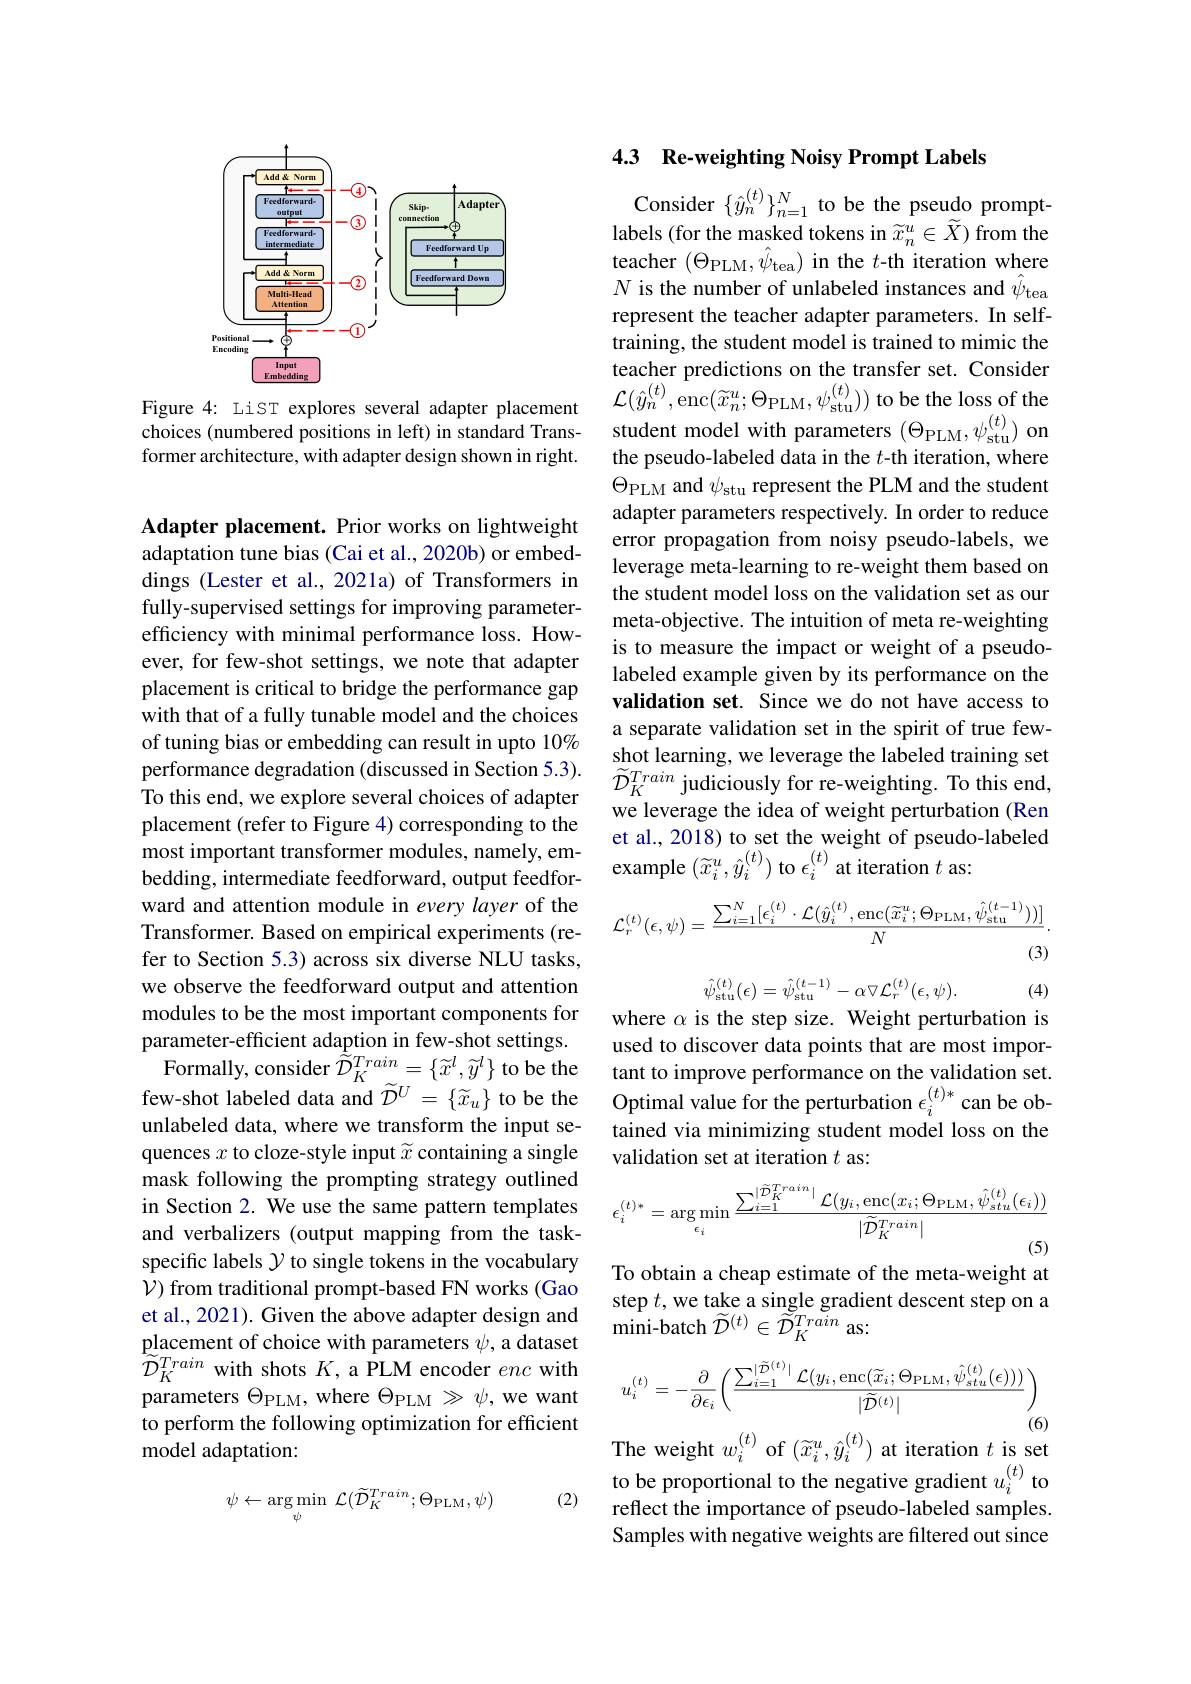
<FigureHere>

Figure 4: LiST explores several adapter placement$\mathcal{L} ( \hat{y} _{n}^{( t) }$,enc$( \widetilde{x} _{n}^{u}; \Theta _{\mathrm{PLM}}, \psi _{\mathrm{stu}}^{( t) }) )$ to be the loss of the $\text{choices (numbered positions in left))in standard Trans- student model with parameters (}_{\mathrm{PLM}},\psi_{\mathrm{stu}}$
former architecture, with adapter design shown in right.

Adapter placement. Prior works on lightweight adaptation tune bias (Cai et al., 2020b) or embeddings (Lester et al.,2021a) of Transformers in fully-supervised settings for improving parameterefficiency with minimal performance loss. However, for few-shot settings, we note that adapter placement is critical to bridge the performance gap with that of a fully tunable model and the choices of tuning bias or embedding can result in upto 10% performance degradation (discussed in Section 5.3). To this end, we explore several choices of adapter placement (refer to Figure 4) corresponding to the most important transformer modules, namely, emward and attention module in every layer of the Transformer. Based on empirical experiments (refer to Section 5.3) across six diverse NLU tasks, we observe the feedforward output and attention modules to be the most important components for parameter-efficient adaption in few-shot settings. Formally, consider $\tilde{\widetilde{D}}_K^{Train}=\{\widetilde{x}^l,\widetilde{y}^l\}$ to be the
few-shot labeled data and $\widetilde{\mathcal{D}}^U=\{\widetilde{x}_u\}$ to be the Optimal value for the perturbation $\epsilon_i^{(t)*}$can be ob-
unlabeled data, where we transform the input sequences $x$ to cloze-style input $\widetilde x$ containing a single mask following the prompting strategy outlined in Section 2. We use the same pattern templates and verbalizers (output mapping from the taskspecific labels $\mathcal{Y}$ to single tokens in the vocabulary $\mathcal{V})$ from traditional prompt-based FN works (Gao et al., 2021). Given the above adapter design and placement of choice with parameters $\psi$, a dataset $\tilde{\mathcal{D}}_{K}^{Train}$ with shots $K$, a PLM encoder enc with parameters $\Theta_\mathrm{PLM}$, where $\Theta_\mathrm{PLM}\gg\psi$, we want to perform the following optimization for efficient model adaptation:

(2)
$$\psi\leftarrow\arg\min_{\psi}\:\mathcal{L}(\widetilde{\mathcal{D}}_{K}^{Train};\Theta_{\mathrm{PLM}},\psi)$$
### 4.3 Re-weighting Noisy Prompt Labels

Consider $\{\hat{y}_n^{(t)}\}_{n=1}^N$ to be the pseudo promptlabels (for the masked tokens in $\widetilde{x}_n^u\in\widetilde{X})$ from the teacher $(\Theta_{\mathrm{PLM}},\hat{\psi}_{\mathrm{tea}})$ in the $t$-th iteration where $N$ is the number of unlabeled instances and $\hat{\psi}_\mathrm{tea}$ represent the teacher adapter parameters. In selftraining, the student model is trained to mimic the teacher predictions on the transfer set. Consider the pseudo-labeled data in the $t$-th iteration, where $\Theta_{\mathrm{PLM}}$ and $\psi_\mathrm{stu}$ represent the PLM and the student adapter parameters respectively. In order to reduce error propagation from noisy pseudo-labels, we leverage meta-learning to re-weight them based on the student model loss on the validation set as our meta-objective. The intuition of meta re-weighting is to measure the impact or weight of a pseudolabeled example given by its performance on the validation set. Since we do not have access to a separate validation set in the spirit of true fewshot learning, we leverage the labeled training set $\widetilde{\mathcal{D}}_{K}^{Train}$ judiciously for re-weighting. To this end, we leverage the idea of weight perturbation (Ren et al., 2018) to set the weight of pseudo-labeled
$\begin{array}{ll}{\mathrm{most~important~transtormer~modules,~namely,~em-}}\\{\mathrm{bedding,~intermediate~feedforward,~output~feedfor-}}\end{array}$example $(\widetilde{x}_{i}^{u},\hat{y}_{i}^{(t)})$ to $\epsilon_i^{(t)}$ at iteration $t$ as:
$$\mathcal{L}_{r}^{(t)}(\epsilon,\psi)=\frac{\sum_{i=1}^{N}[\epsilon_{i}^{(t)}\cdot\mathcal{L}(\hat{y}_{i}^{(t)},\mathrm{enc}(\widetilde{x}_{i}^{u};\Theta_{\mathrm{PLM}},\hat{\psi}_{\mathrm{stu}}^{(t-1)}))]}{N}.$$
$$\hat{\psi}_{\mathrm{stu}}^{(t)}(\epsilon)=\hat{\psi}_{\mathrm{stu}}^{(t-1)}-\alpha\nabla\mathcal{L}_{r}^{(t)}(\epsilon,\psi).$$
(4)

where $\alpha$ is the step size. Weight perturbation is used to discover data points that are most important to improve performance on the validation set. tained via minimizing student model loss on the validation set at iteration $t$ as:
$$\epsilon_{i}^{(t)*}=\arg\min_{\epsilon_{i}}\frac{\sum_{i=1}^{|\widetilde{\mathcal{D}}_{K}^{Train}|}\mathcal{L}(y_{i},\mathrm{enc}(x_{i};\Theta_{\mathrm{PLM}},\hat{\psi}_{stu}^{(t)}(\epsilon_{i}))}{|\widetilde{\mathcal{D}}_{K}^{Train}|}$$
To obtain a cheap estimate of the meta-weight at step $t$,we take a single gradient descent step on a ${\mathrm{mini-batch~}}\widetilde{\mathcal{D}}^{(t)}\in\widetilde{\mathcal{D}}_{K}^{Train}$ as:
$$u_{i}^{(t)}=-\frac{\partial}{\partial\epsilon_{i}}\left(\frac{\sum_{i=1}^{|\widetilde{\mathcal{D}}^{(t)}|}\mathcal{L}(y_{i},\mathrm{enc}(\widetilde{x}_{i};\Theta_{\mathrm{PLM}},\hat{\psi}_{stu}^{(t)}(\epsilon)))}{|\widetilde{\mathcal{D}}^{(t)}|}\right)$$
The weight $w_i^{(t)}$ of $(\widetilde x_i^u,\hat y_i^{(t)})$ at iteration $t$ is set

to be proportional to the negative gradient $u_i^{(t)}$ to reflect the importance of pseudo-labeled samples. Samples with negative weights are filtered out since